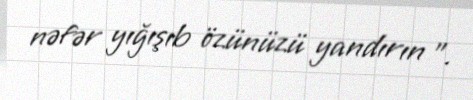
nəfər yığışıb özünüzü yandırın ”.